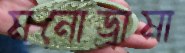
মনোড্রামা